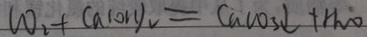
C O _ { 2 } + C a ( O H ) _ { 2 } = C a C O _ { 3 } \downarrow + H _ { 2 } O